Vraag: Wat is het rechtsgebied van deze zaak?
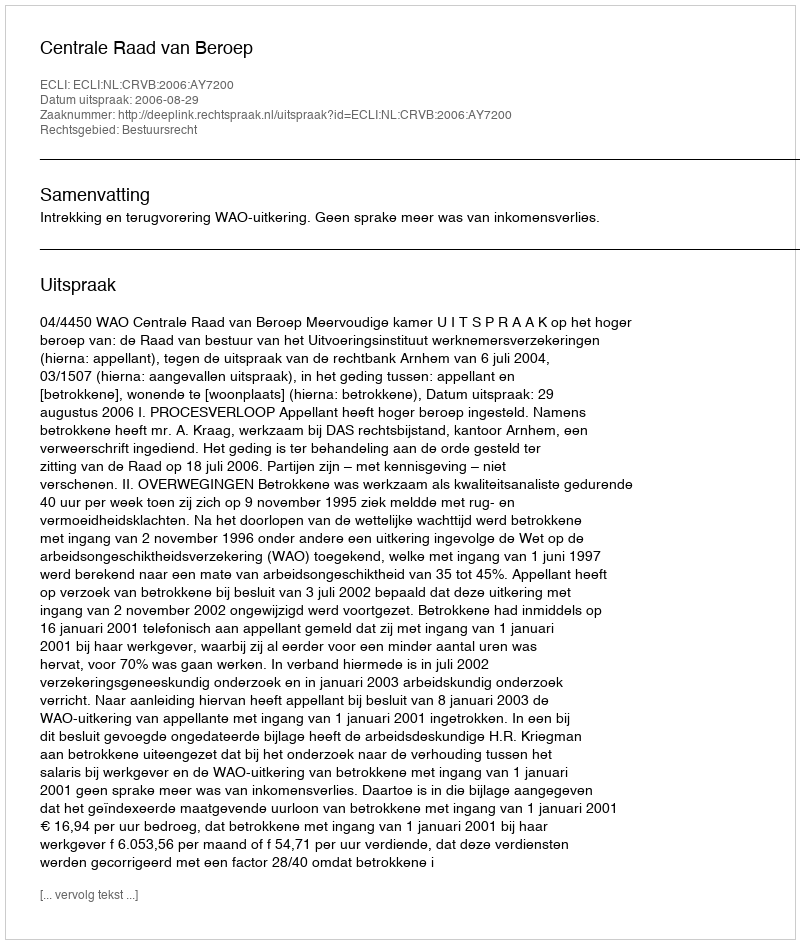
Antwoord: Bestuursrecht